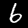
Digit: 6